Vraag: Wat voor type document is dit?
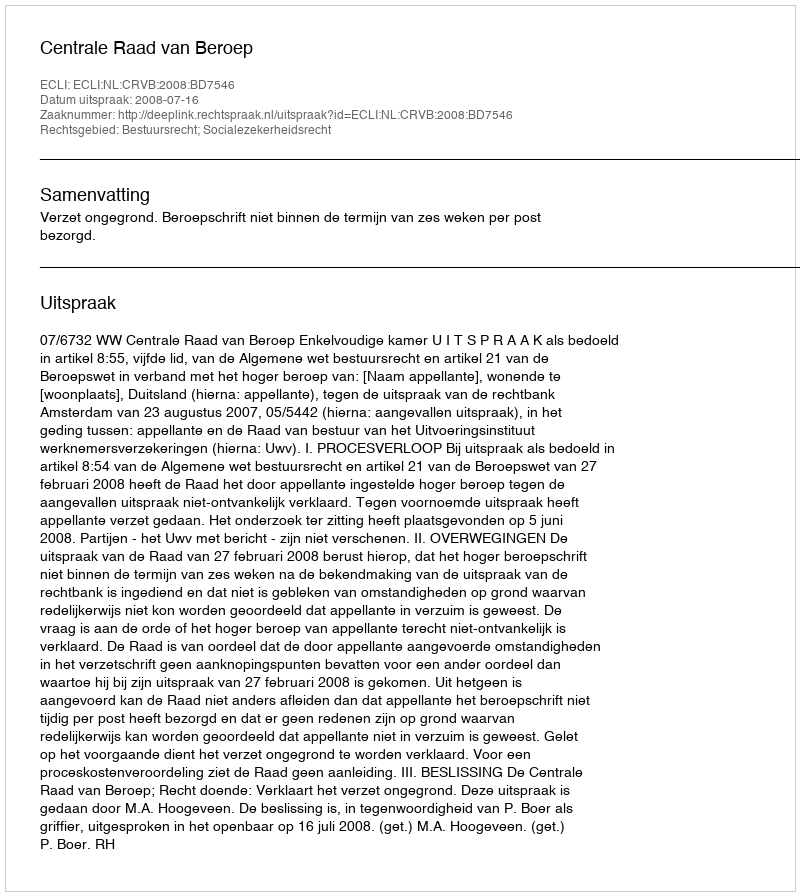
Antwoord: Uitspraak